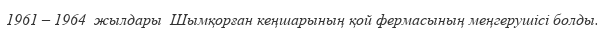
1961 – 1964  жылдары  Шымқорған кеңшарының қой фермасының меңгерушісі болды.